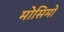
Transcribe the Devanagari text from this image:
मोसिमो